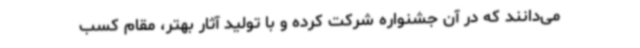
می‌دانند که در آن جشنواره شرکت کرده و با تولید آثار بهتر، مقام کسب